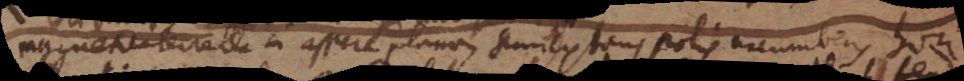
Magnetica terrella in assere plano, semiextans polis incumbens hori-